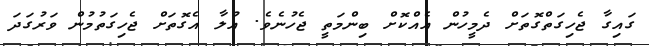
ގައިގާ ޖެހިގަތްގޮތަށް ދެމީހުން އެއްކޮށް ބިންމަތީ ޖެހުނެވެ. އުލާ އެގޮތަށް ޖެހިގަތުމުން ވަރުގަދަ